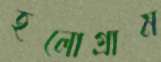
হলোগ্রাম